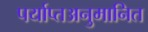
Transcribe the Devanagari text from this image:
पर्याप्तअनुमानित